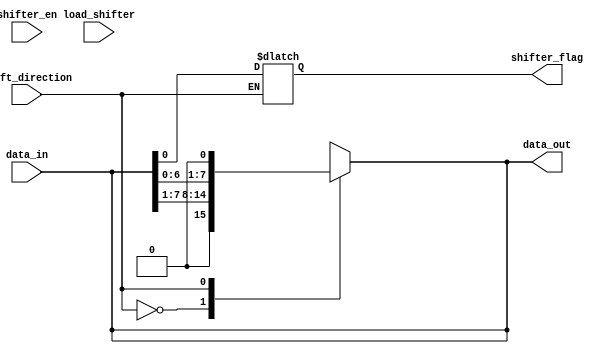
module Shifter(
    input [7:0] data_in,
    input shift_direction,
    input shifter_en,
    input load_shifter,
    output reg [7:0] data_out,
    output reg shifter_flag = 0
);


reg [7:0] internal_register;

always @(load_shifter) begin
    internal_register <= data_in;
end

always @(shifter_en) begin
    case(shift_direction)
        1'b0: begin
            shifter_flag = internal_register[0];
            internal_register = internal_register >> 1;
            data_out = internal_register;
        end
        1'b1: begin
            internal_register = internal_register << 1;
            data_out = internal_register;
        end
    endcase
end

endmodule